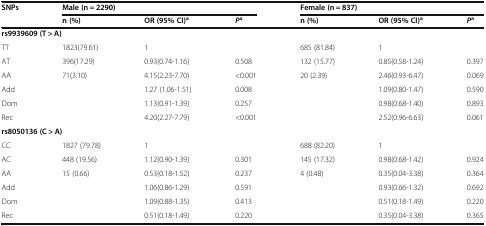
<table><thead><tr><td rowspan="2"><b>SNPs</b></td><td colspan="3"><b>Male (n = 2290)</b></td><td colspan="3"><b>Female (n = 837)</b></td></tr><tr><td><b>n (%)</b></td><td><b>OR (95% CI)<sup>a</sup></b></td><td><b><i>P</i><sup>a</sup></b></td><td><b>n (%)</b></td><td><b>OR (95% CI)<sup>a</sup></b></td><td><b><i>P</i><sup>a</sup></b></td></tr></thead><tbody><tr><td colspan="2"><b>rs9939609 (T &gt; A)</b></td><td></td><td></td><td></td><td></td><td></td></tr><tr><td>TT</td><td>1823(79.61)</td><td>1</td><td></td><td>685 (81.84)</td><td>1</td><td></td></tr><tr><td>AT</td><td>396(17.29)</td><td>0.93(0.74-1.16)</td><td>0.508</td><td>132 (15.77)</td><td>0.85(0.58-1.24)</td><td>0.397</td></tr><tr><td>AA</td><td>71(3.10)</td><td>4.15(2.23-7.70)</td><td>&lt;0.001</td><td>20 (2.39)</td><td>2.46(0.93-6.47)</td><td>0.069</td></tr><tr><td>Add</td><td></td><td>1.27 (1.06-1.51)</td><td>0.008</td><td></td><td>1.09(0.80-1.47)</td><td>0.590</td></tr><tr><td>Dom</td><td></td><td>1.13(0.91-1.39)</td><td>0.257</td><td></td><td>0.98(0.68-1.40)</td><td>0.893</td></tr><tr><td>Rec</td><td></td><td>4.20(2.27-7.79)</td><td>&lt;0.001</td><td></td><td>2.52(0.96-6.63)</td><td>0.061</td></tr><tr><td colspan="2"><b>rs8050136 (C &gt; A)</b></td><td></td><td></td><td></td><td></td><td></td></tr><tr><td>CC</td><td>1827 (79.78)</td><td>1</td><td></td><td>688 (82.20)</td><td>1</td><td></td></tr><tr><td>AC</td><td>448 (19.56)</td><td>1.12(0.90-1.39)</td><td>0.301</td><td>145 (17.32)</td><td>0.98(0.68-1.42)</td><td>0.924</td></tr><tr><td>AA</td><td>15 (0.66)</td><td>0.53(0.18-1.52)</td><td>0.237</td><td>4 (0.48)</td><td>0.35(0.04-3.38)</td><td>0.364</td></tr><tr><td>Add</td><td></td><td>1.06(0.86-1.29)</td><td>0.591</td><td></td><td>0.93(0.66-1.32)</td><td>0.692</td></tr><tr><td>Dom</td><td></td><td>1.09(0.88-1.35)</td><td>0.413</td><td></td><td>0.51(0.18-1.49)</td><td>0.220</td></tr><tr><td>Rec</td><td></td><td>0.51(0.18-1.49)</td><td>0.220</td><td></td><td>0.35(0.04-3.38)</td><td>0.365</td></tr></tbody></table>